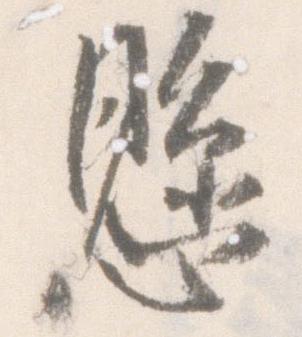
懸